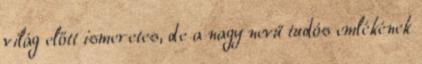
világ előtt ismeretes, de a nagy nevű tudós emlékének